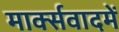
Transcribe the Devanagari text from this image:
मार्क्सवादमें